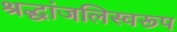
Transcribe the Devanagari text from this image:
श्रद्धांजलिस्वरूप